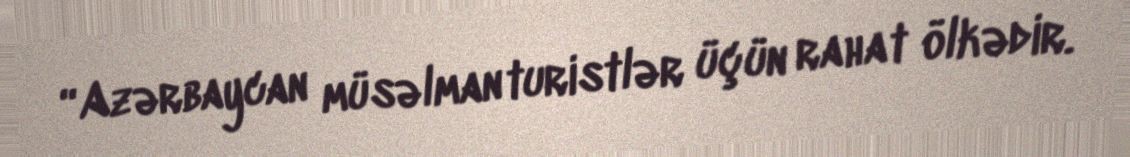
“Azərbaycan müsəlman turistlər üçün rahat ölkədir.